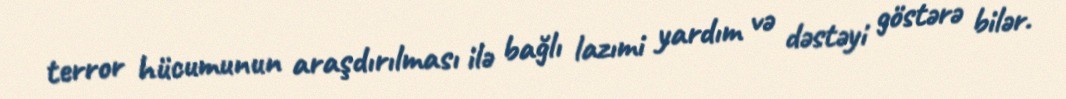
terror hücumunun araşdırılması ilə bağlı lazımi yardım və dəstəyi göstərə bilər.